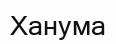
Ханума